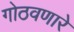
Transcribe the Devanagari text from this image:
गोठवणारे